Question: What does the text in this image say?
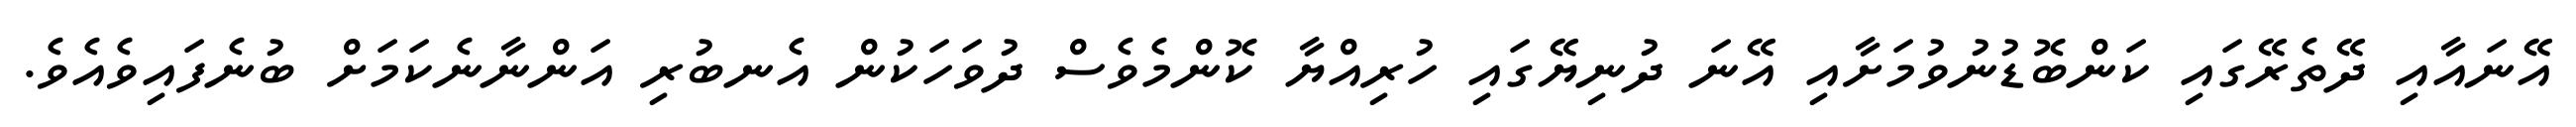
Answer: އޭނައާއި ދޭތެރޭގައި ކަންބޮޑުނުވުމަށާއި އޭނަ ދުނިޔޭގައި ހުރިއްޔާ ކޮންމެވެސް ދުވަހަކުން އެނބުރި އަންނާނެކަމަށް ބުނެފައިވެއެވެ.